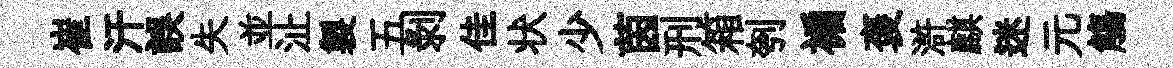
崔汗誤失並沚製五剥佳状少茵刑箱刳褊褒滸麒迷元觴